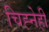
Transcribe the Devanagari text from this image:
चिह्नेही